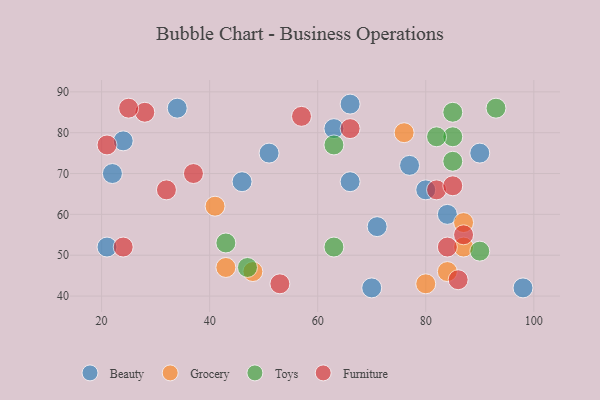
{"axis": {"x": "GDP", "y": "Life Expectancy"}, "legend": ["Beauty", "Furniture", "Grocery", "Toys"], "data": [{"x": "66", "y": 68, "type": "Beauty"}, {"x": "98", "y": 42, "type": "Beauty"}, {"x": "22", "y": 70, "type": "Beauty"}, {"x": "70", "y": 42, "type": "Beauty"}, {"x": "71", "y": 57, "type": "Beauty"}, {"x": "63", "y": 81, "type": "Beauty"}, {"x": "84", "y": 60, "type": "Beauty"}, {"x": "46", "y": 68, "type": "Beauty"}, {"x": "90", "y": 75, "type": "Beauty"}, {"x": "21", "y": 52, "type": "Beauty"}, {"x": "51", "y": 75, "type": "Beauty"}, {"x": "80", "y": 66, "type": "Beauty"}, {"x": "66", "y": 87, "type": "Beauty"}, {"x": "77", "y": 72, "type": "Beauty"}, {"x": "24", "y": 78, "type": "Beauty"}, {"x": "34", "y": 86, "type": "Beauty"}, {"x": "80", "y": 43, "type": "Grocery"}, {"x": "41", "y": 62, "type": "Grocery"}, {"x": "76", "y": 80, "type": "Grocery"}, {"x": "48", "y": 46, "type": "Grocery"}, {"x": "87", "y": 58, "type": "Grocery"}, {"x": "87", "y": 52, "type": "Grocery"}, {"x": "43", "y": 47, "type": "Grocery"}, {"x": "84", "y": 46, "type": "Grocery"}, {"x": "85", "y": 79, "type": "Toys"}, {"x": "85", "y": 73, "type": "Toys"}, {"x": "43", "y": 53, "type": "Toys"}, {"x": "47", "y": 47, "type": "Toys"}, {"x": "93", "y": 86, "type": "Toys"}, {"x": "63", "y": 77, "type": "Toys"}, {"x": "63", "y": 52, "type": "Toys"}, {"x": "85", "y": 85, "type": "Toys"}, {"x": "82", "y": 79, "type": "Toys"}, {"x": "90", "y": 51, "type": "Toys"}, {"x": "32", "y": 66, "type": "Furniture"}, {"x": "84", "y": 52, "type": "Furniture"}, {"x": "87", "y": 55, "type": "Furniture"}, {"x": "37", "y": 70, "type": "Furniture"}, {"x": "86", "y": 44, "type": "Furniture"}, {"x": "21", "y": 77, "type": "Furniture"}, {"x": "57", "y": 84, "type": "Furniture"}, {"x": "82", "y": 66, "type": "Furniture"}, {"x": "28", "y": 85, "type": "Furniture"}, {"x": "53", "y": 43, "type": "Furniture"}, {"x": "24", "y": 52, "type": "Furniture"}, {"x": "66", "y": 81, "type": "Furniture"}, {"x": "25", "y": 86, "type": "Furniture"}, {"x": "85", "y": 67, "type": "Furniture"}]}